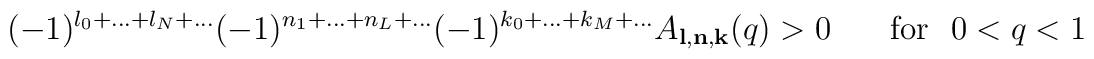
(-1)^{l_0+...+l_N+...}(-1)^{n_1+...+n_L+...}(-1)^{k_0+...+k_M+...}A_{{\bf l},{\bf n},{\bf k}}(q) > 0\,~~~~~{\rm for}~~ 0<q<1